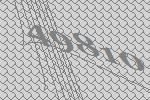
49810